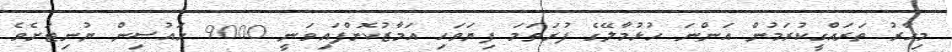
މިހާރު ތަރައްގީކުރަމުން އަންނަ ހުޅުމާލޭގެ ފުރަތަމަ ފިޔަވަހި އަމާޒުކޮށްފައިވަނީ 9000 ހައުސިން ޔުނިޓަށެވެ.